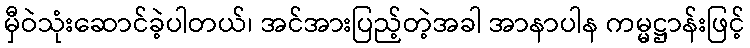
မှီဝဲသုံးဆောင်ခဲ့ပါတယ်၊ အင်အားပြည့်တဲ့အခါ အာနာပါန ကမ္မဋ္ဌာန်းဖြင့်